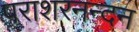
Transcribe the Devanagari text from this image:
पराशरनन्दन